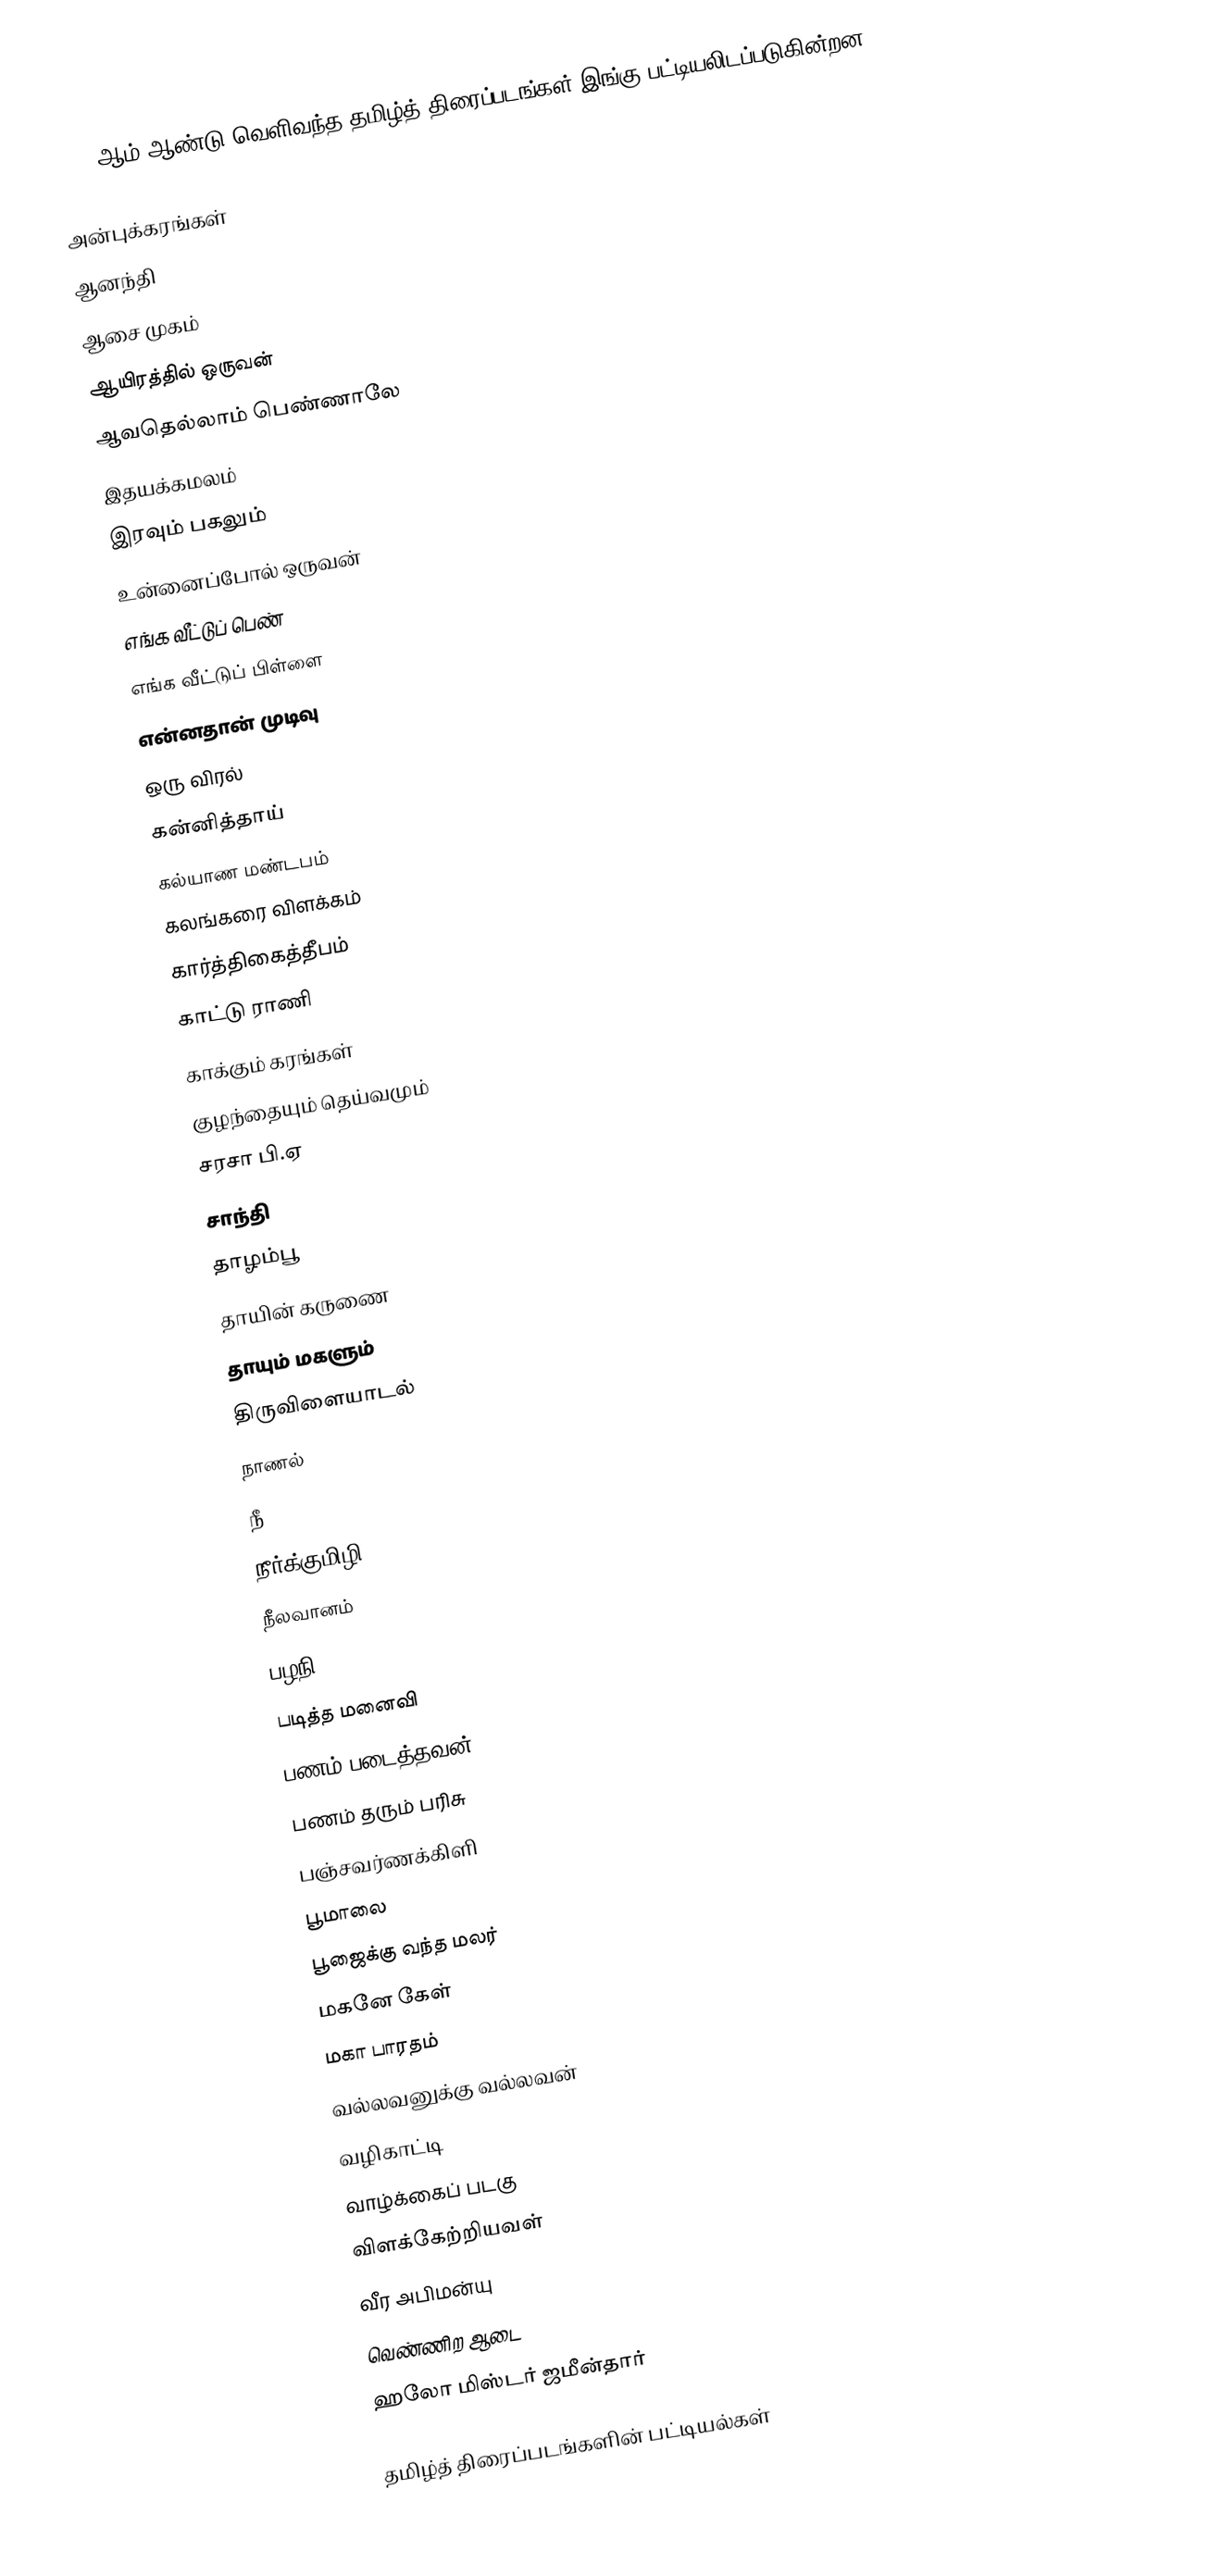
1965 ஆம் ஆண்டு வெளிவந்த தமிழ்த் திரைப்படங்கள் இங்கு பட்டியலிடப்படுகின்றன.

அன்புக்கரங்கள்
ஆனந்தி
ஆசை முகம்
ஆயிரத்தில் ஒருவன்
ஆவதெல்லாம் பெண்ணாலே
இதயக்கமலம்
இரவும் பகலும்
உன்னைப்போல் ஒருவன்
எங்க வீட்டுப் பெண்
எங்க வீட்டுப் பிள்ளை
என்னதான் முடிவு
ஒரு விரல்
கன்னித்தாய்
கல்யாண மண்டபம்
கலங்கரை விளக்கம்
கார்த்திகைத்தீபம்
காட்டு ராணி
காக்கும் கரங்கள்
குழந்தையும் தெய்வமும்
சரசா பி.ஏ
சாந்தி
தாழம்பூ
தாயின் கருணை
தாயும் மகளும்
திருவிளையாடல்
நாணல்
நீ
நீர்க்குமிழி
நீலவானம்
பழநி
படித்த மனைவி
பணம் படைத்தவன்
பணம் தரும் பரிசு
பஞ்சவர்ணக்கிளி
பூமாலை
பூஜைக்கு வந்த மலர்
மகனே கேள்
மகா பாரதம்
வல்லவனுக்கு வல்லவன்
வழிகாட்டி
வாழ்க்கைப் படகு
விளக்கேற்றியவள்
வீர அபிமன்யு
வெண்ணிற ஆடை
ஹலோ மிஸ்டர் ஜமீன்தார்

தமிழ்த் திரைப்படங்களின் பட்டியல்கள்